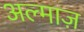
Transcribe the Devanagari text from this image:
अल्माज़